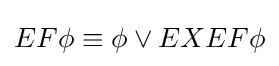
EF\phi \equiv \phi \lor EXEF\phi